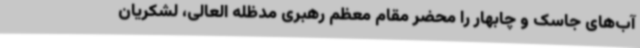
آب‌های جاسک و چابهار را محضر مقام معظم رهبری مدظله العالی، لشکریان